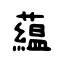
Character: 藴